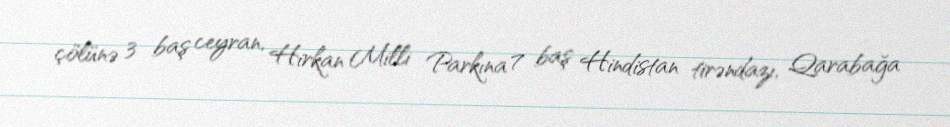
çölünə 3 baş ceyran, Hirkan Milli Parkına 7 baş Hindistan tirəndazı, Qarabağa